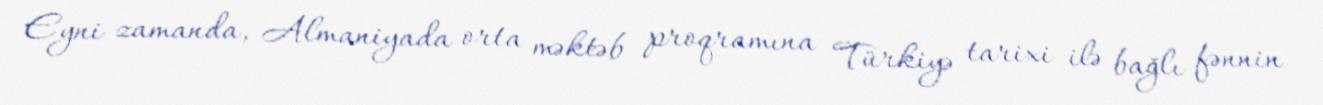
Eyni zamanda, Almaniyada orta məktəb proqramına Türkiyə tarixi ilə bağlı fənnin